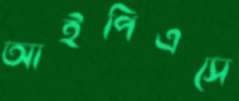
আইপিএসে